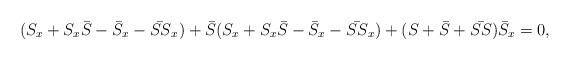
\begin{align*}(S_x + S_x \bar{S} - \bar{S}_x - \bar{SS}_x) + \bar{S} (S_x + S_x\bar{S} -\bar{S}_x - \bar{SS}_x) + (S+\bar{S}+\bar{SS}) \bar{S}_x = 0 ,\end{align*}